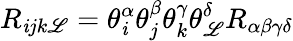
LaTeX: R_{\mathit{i}jk\mathscr{L}}=\theta_{\mathit{i}}^{\alpha}\theta_{j}^{\beta}\theta_{k}^{\gamma}\theta_{\mathscr{L}}^{\delta}R_{\alpha\beta\gamma\delta}